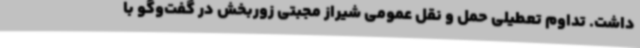
داشت. تداوم تعطیلی حمل و نقل عمومی شیراز مجبتی زوربخش در گفت‌وگو با